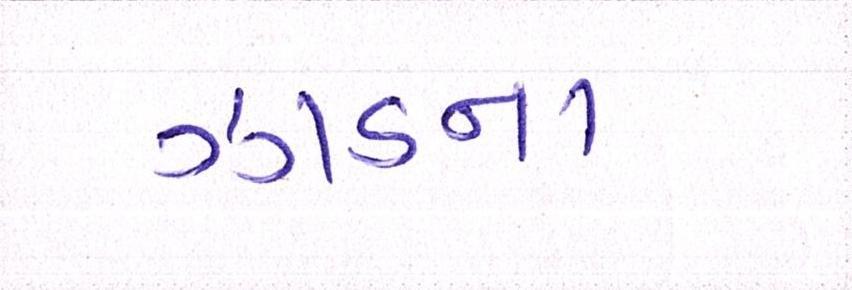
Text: ઝાડના